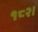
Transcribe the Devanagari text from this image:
१८२।